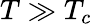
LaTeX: T\gg T_{c}